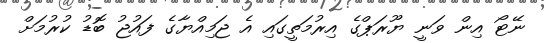
ނޭޓޯ އިން ވަނީ ޔޫރަޕްގެ އިރުމަތީގައި އެ ޖަމިއްޔާގެ ފައުޖު ބޮޑު ކުރުމަށް